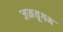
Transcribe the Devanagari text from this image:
जनयुगम